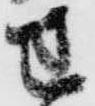
せ